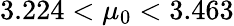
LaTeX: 3.224<\mu_{0}<3.463